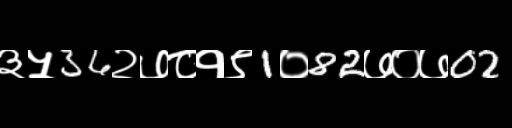
Text: ३५36२७८१९1०82७०७02